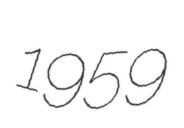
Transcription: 1959